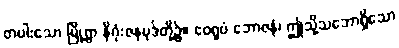
တပါးသော မြို့ရွာ နိဂုံးဇနပုဒ်တို့၌။ ဧဝရူပံ ဘောဇနံ၊ ဤသို့သဘောရှိသော